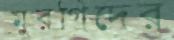
মুরগিদের